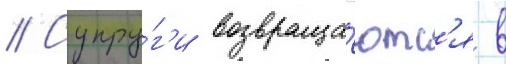
// Супру́г'и возвраща́ютс'я в